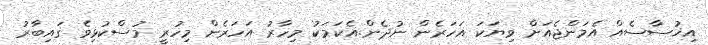
އިޚުސާސެއް އެމަންޖެއަށް ވިޔަކަ އަހަރެން ނުދެން.އެކަމަކު މިހާރު އަހަރެން މިހުރީ މުސްކުޅިވެ ގައިބާރު